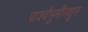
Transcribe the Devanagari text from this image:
पार्श्वभूमीमधून